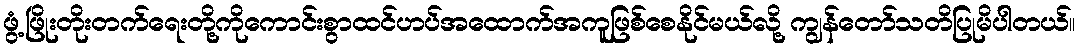
ဖွံ့ဖြိုးတိုးတက်ရေးတို့ကိုကောင်းစွာထင်ဟပ်အထောက်အကူဖြစ်စေနိုင်မယ်လို့ ကျွန်တော်သတိပြုမိပါတယ်။